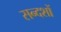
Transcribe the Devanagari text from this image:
सन्दशों